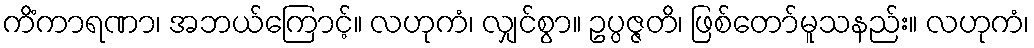
ကိံကာရဏာ၊ အဘယ်ကြောင့်။ လဟုကံ၊ လျှင်စွာ။ ဥပ္ပဇ္ဇတိ၊ ဖြစ်တော်မူသနည်း။ လဟုကံ၊